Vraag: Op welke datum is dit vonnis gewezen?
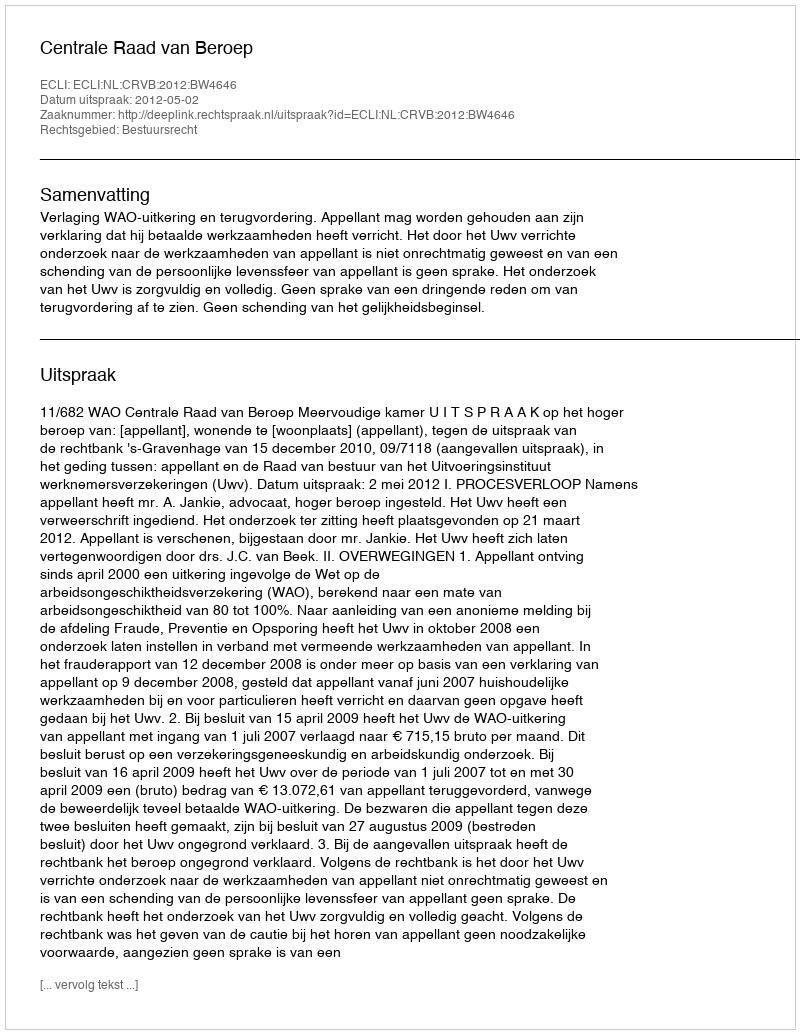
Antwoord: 2012-05-02